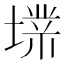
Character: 𱗭